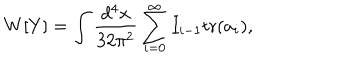
W [ Y ] = \int \frac { d ^ { 4 } x } { 3 2 \pi ^ { 2 } } \sum _ { i = 0 } ^ { \infty } I _ { i - 1 } \mathrm { t r } ( a _ { i } ) ,